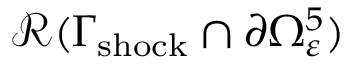
\mathcal { R } ( \Gamma _ { \mathrm { s h o c k } } \cap \partial \Omega _ { \varepsilon } ^ { 5 } )